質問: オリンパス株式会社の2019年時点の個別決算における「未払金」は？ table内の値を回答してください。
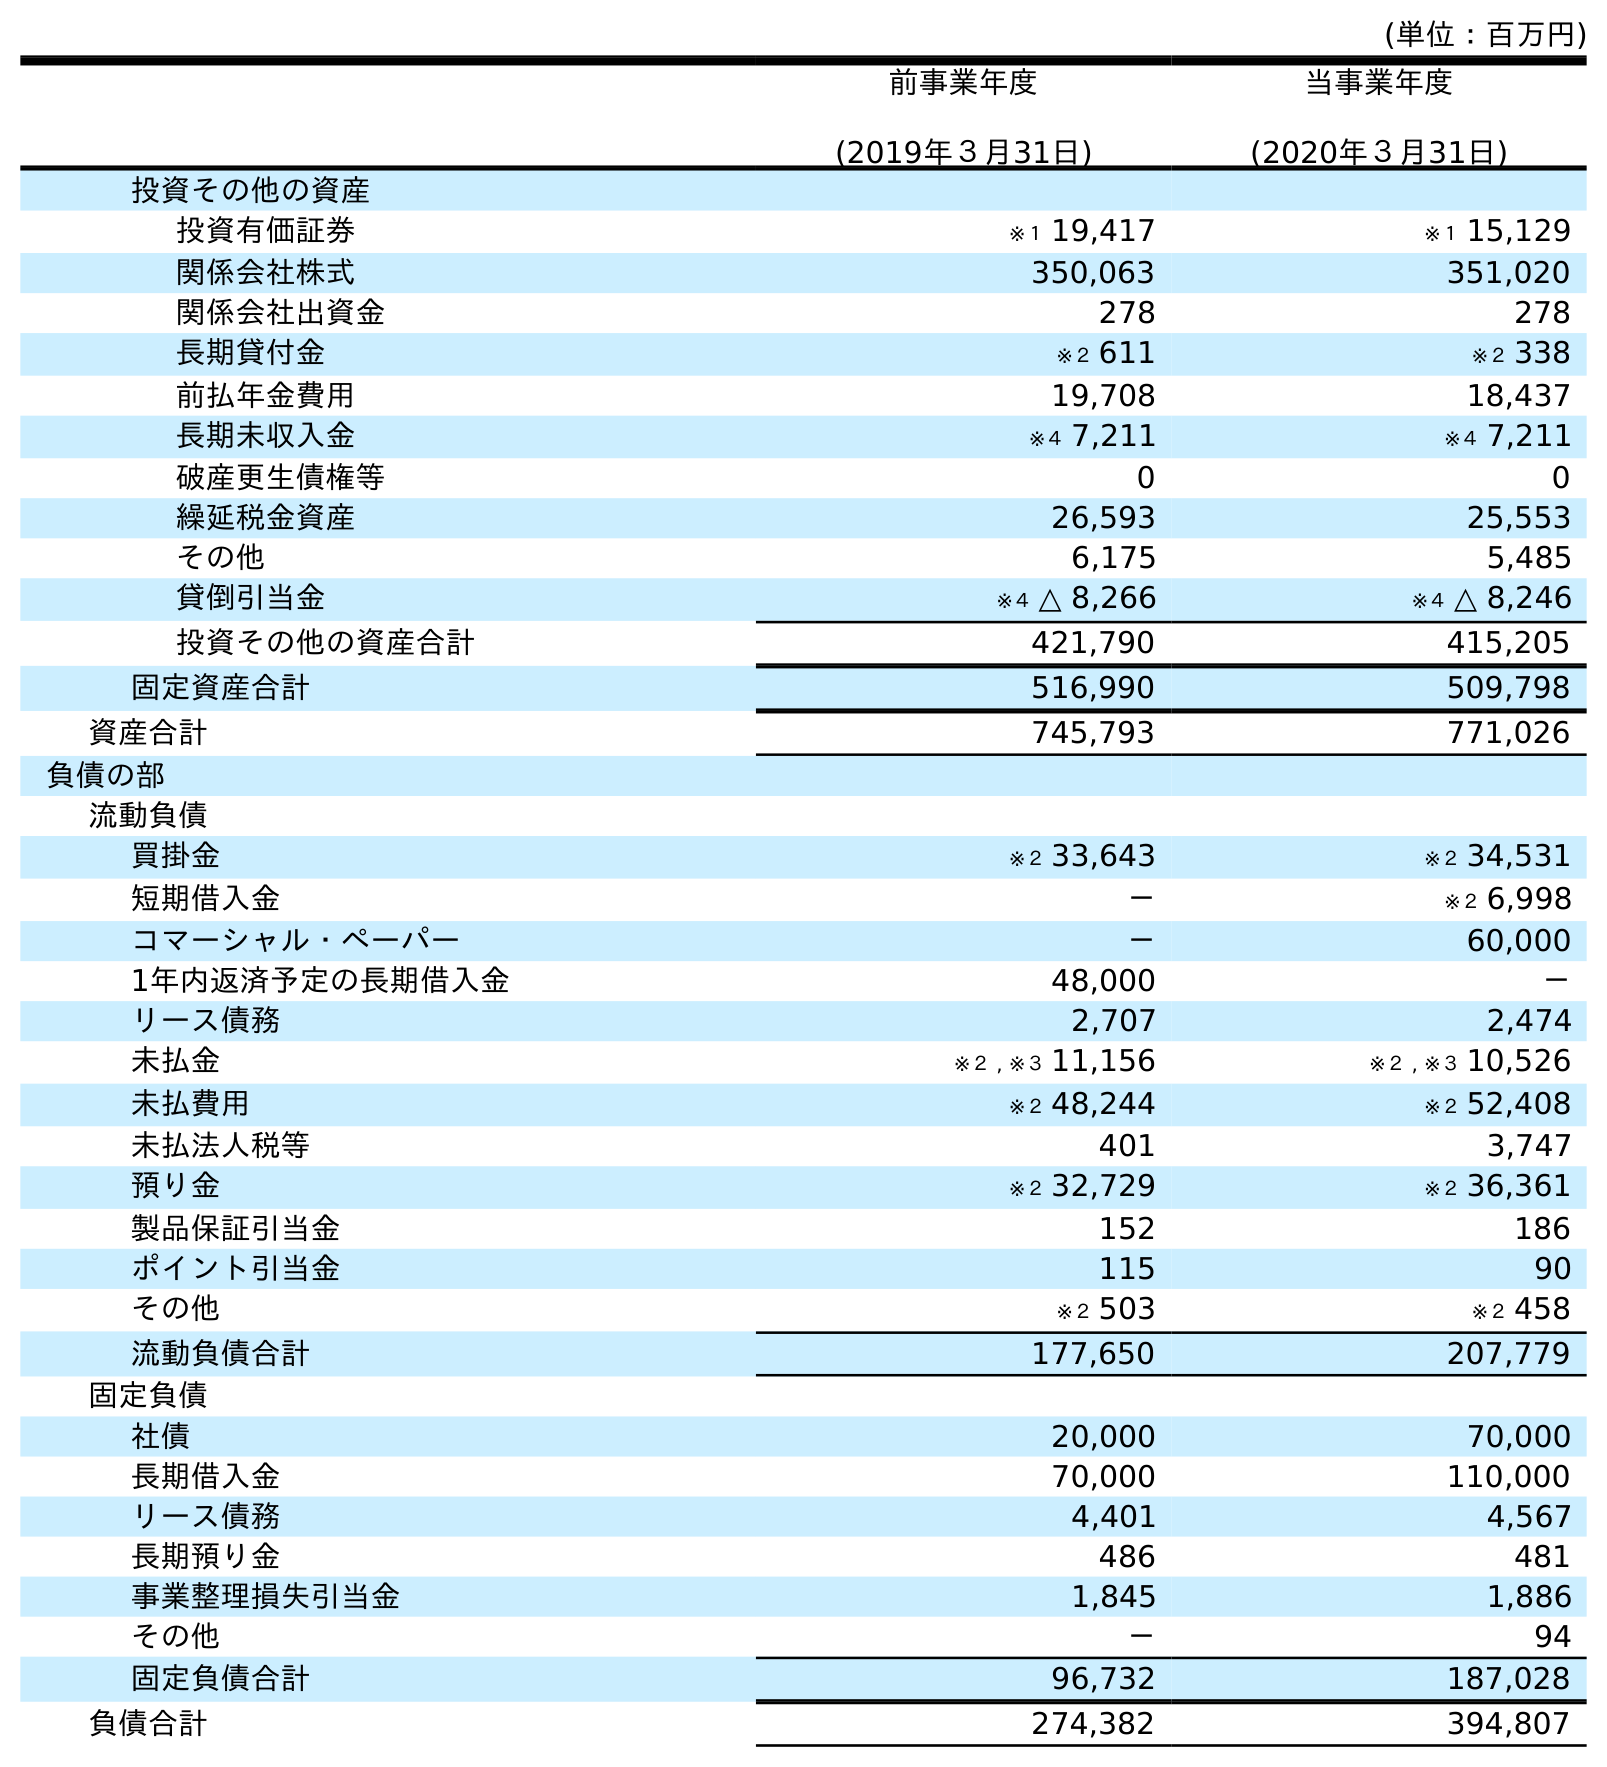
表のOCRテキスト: (単位：百万円) 前事業年度 (2019年３月31日) 当事業年度 (2020年３月31日) 投資その他の資産 投資有価証券 ※１ 19,417 ※１ 15,129 関係会社株式 350,063 351,020 関係会社出資金 278 278 長期貸付金 ※２ 611 ※２ 338 前払年金費用 19,708 18,437 長期未収入金 ※４ 7,211 ※４ 7,211 破産更生債権等 0 0 繰延税金資産 26,593 25,553 その他 6,175 5,485 貸倒引当金 ※４ △ 8,266 ※４ △ 8,246 投資その他の資産合計 421,790 415,205 固定資産合計 516,990 509,798 資産合計 745,793 771,026 負債の部 流動負債 買掛金 ※２ 33,643 ※２ 34,531 短期借入金 － ※２ 6,998 コマーシャル・ペーパー － 60,000 1年内返済予定の長期借入金 48,000 － リース債務 2,707 2,474 未払金 ※２ , ※３ 11,156 ※２ , ※３ 10,526 未払費用 ※２ 48,244 ※２ 52,408 未払法人税等 401 3,747 預り金 ※２ 32,729 ※２ 36,361 製品保証引当金 152 186 ポイント引当金 115 90 その他 ※２ 503 ※２ 458 流動負債合計 177,650 207,779 固定負債 社債 20,000 70,000 長期借入金 70,000 110,000 リース債務 4,401 4,567 長期預り金 486 481 事業整理損失引当金 1,845 1,886 その他 － 94 固定負債合計 96,732 187,028 負債合計 274,382 394,807
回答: ※２,※３11,156